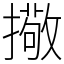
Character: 擏